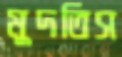
মুদতিস